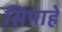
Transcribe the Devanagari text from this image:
सिपाहे